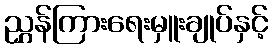
ညွှန်ကြားရေးမှူးချုပ်နှင့်